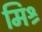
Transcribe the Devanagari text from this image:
मिश्र्